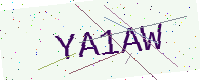
Text: YA1AW